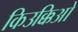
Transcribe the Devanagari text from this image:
किउक्किओ